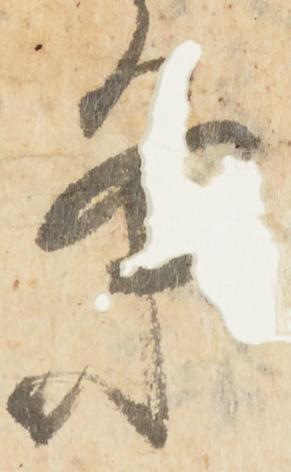
条